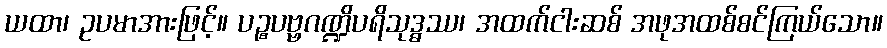
ယထာ၊ ဥပမာအားဖြင့်။ ပဉ္စပဗ္ဗဂဏ္ဍိပရိသုဒ္ဓဿ၊ အထက်ငါးဆစ် အဖုအထစ်စင်ကြယ်သော။